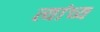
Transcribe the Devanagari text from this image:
त्यांच्य